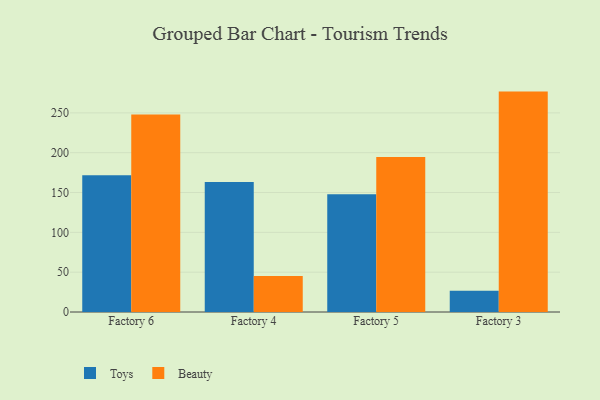
{"axis": {"x": "Factory", "y": "Latency (ms)"}, "legend": ["Beauty", "Toys"], "data": [{"x": "Factory 6", "y": 171.6, "type": "Toys"}, {"x": "Factory 6", "y": 248.0, "type": "Beauty"}, {"x": "Factory 4", "y": 163.2, "type": "Toys"}, {"x": "Factory 4", "y": 45.2, "type": "Beauty"}, {"x": "Factory 5", "y": 147.7, "type": "Toys"}, {"x": "Factory 5", "y": 194.6, "type": "Beauty"}, {"x": "Factory 3", "y": 26.7, "type": "Toys"}, {"x": "Factory 3", "y": 276.7, "type": "Beauty"}]}